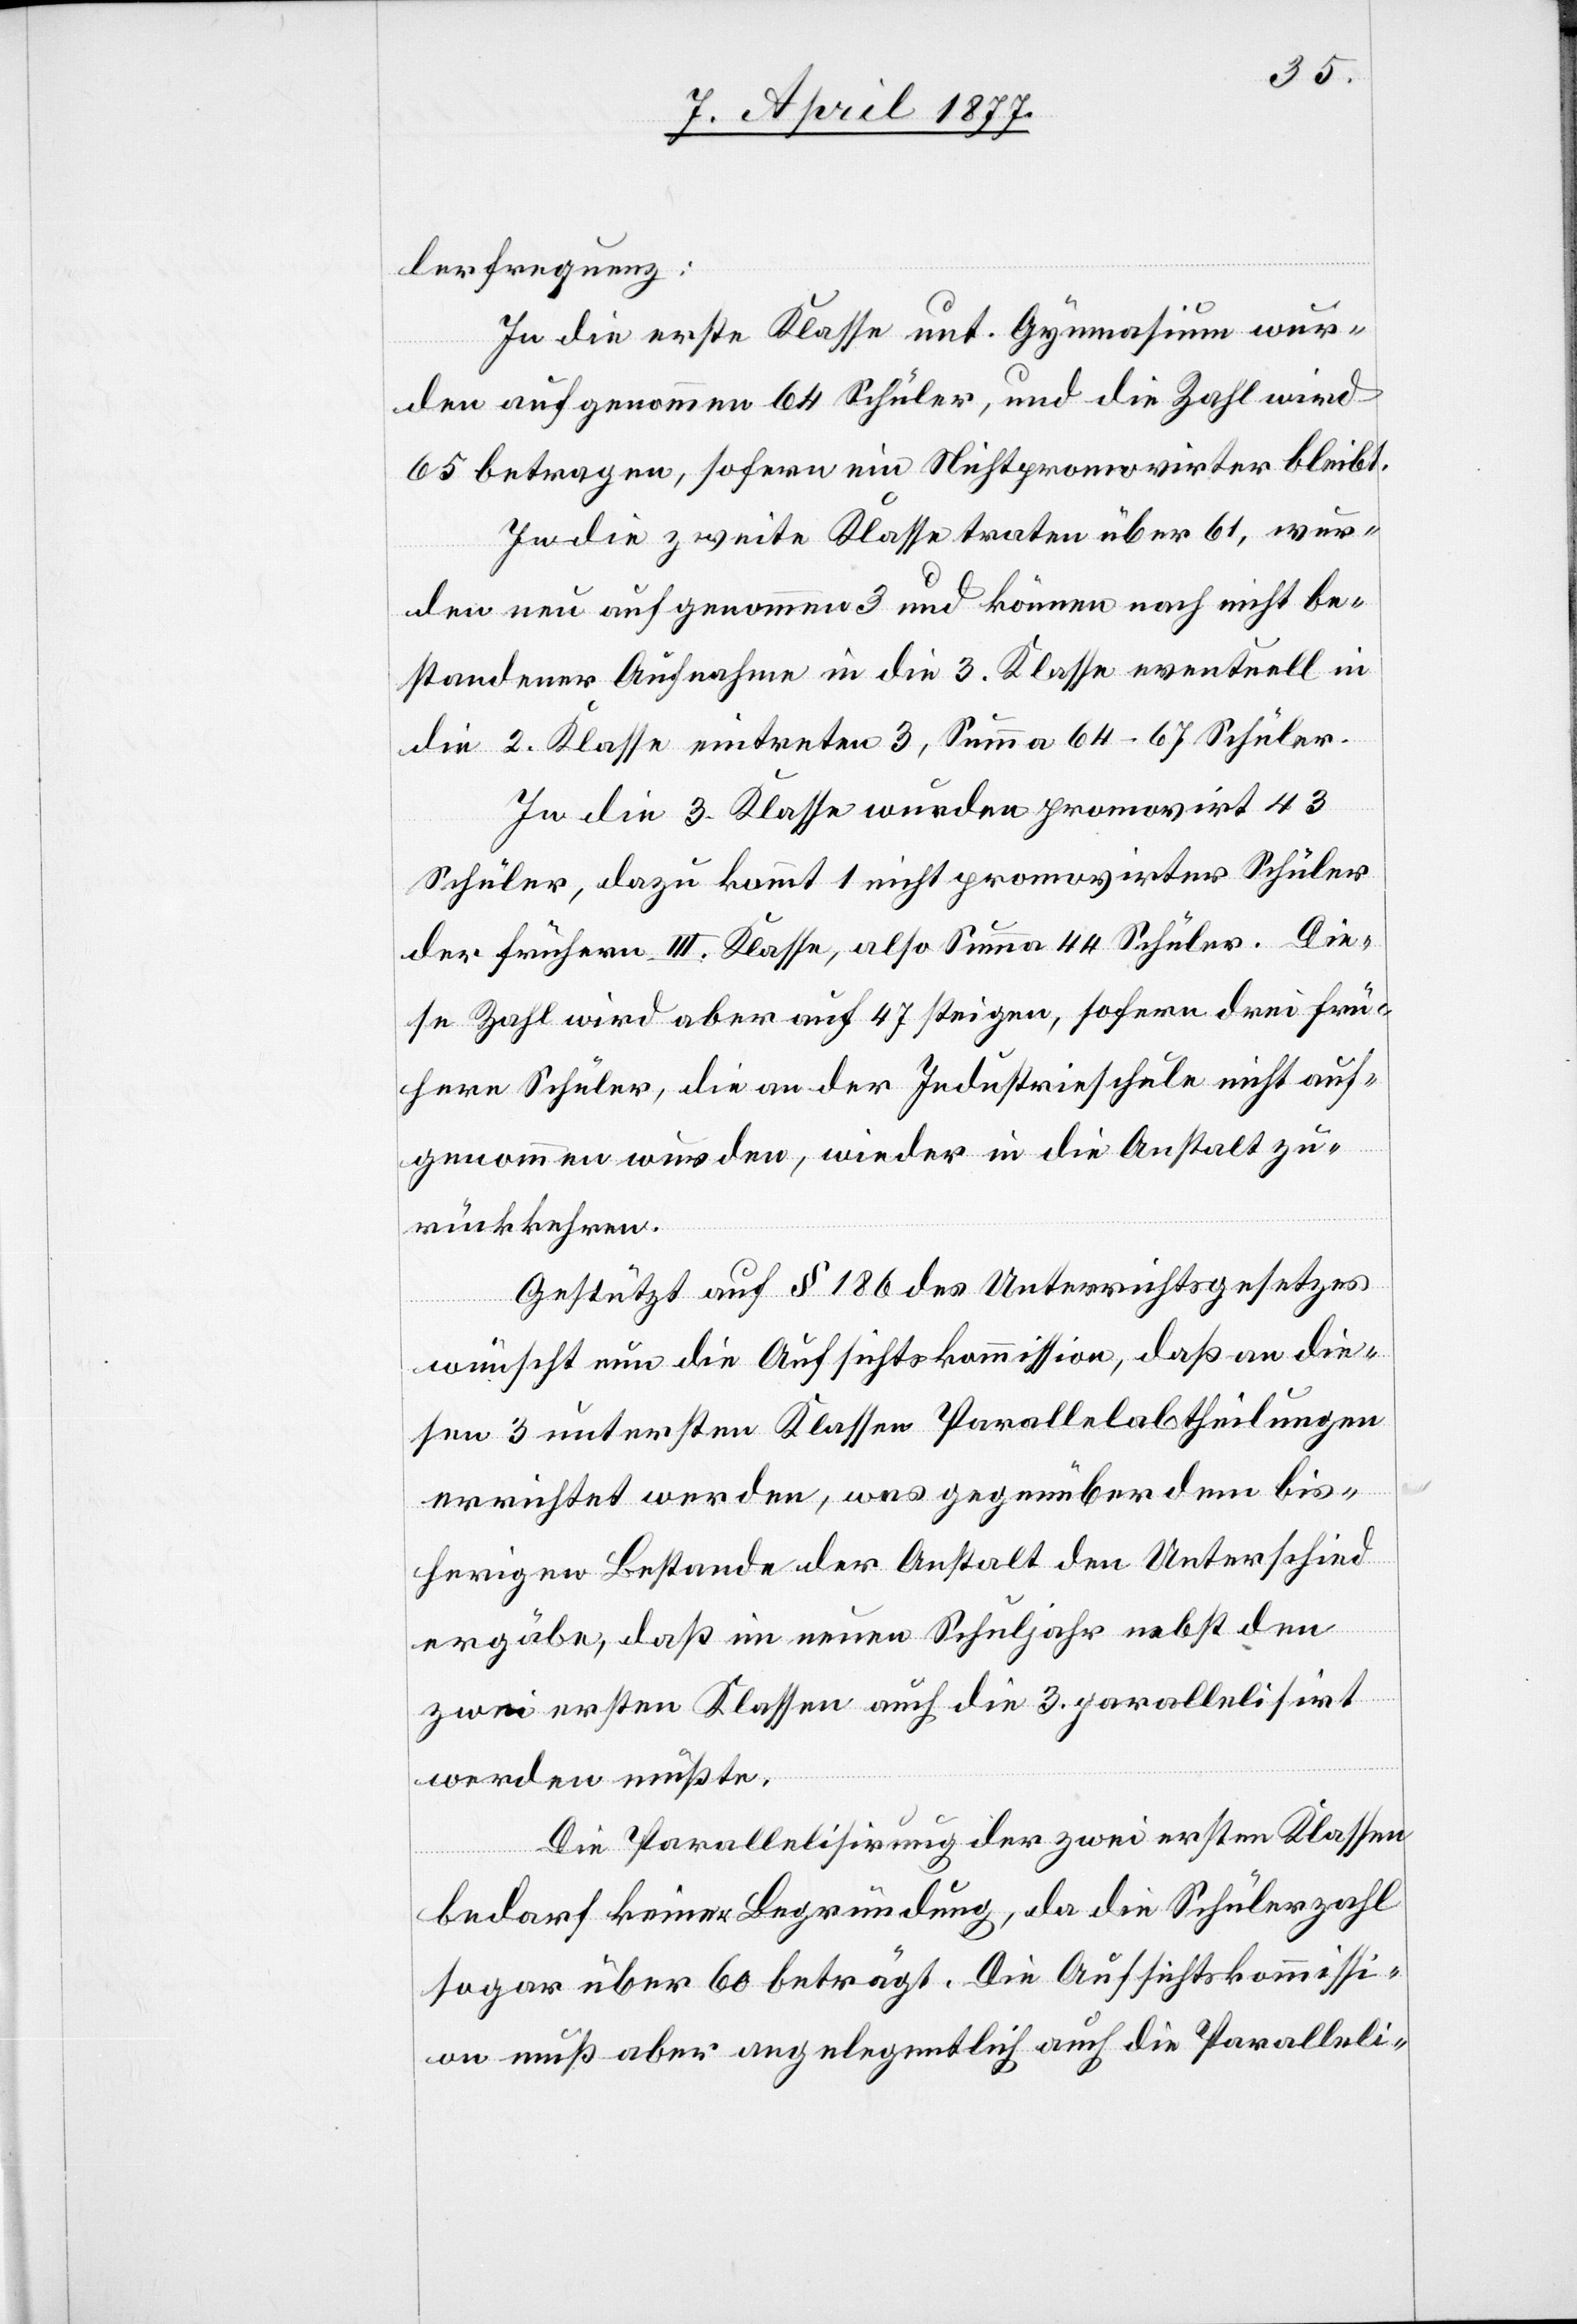
lerfrequenz:
In die erste Klasse unt. Gymnasium wur¬
den aufgenommen 64 Schüler, und die Zahl wird
65 betragen, sofern ein Nichtpromovirter bleibt.
In die zweite Klasse traten über 61, wur¬
den neu aufgenommen 3 und können nach nicht be¬
standener Aufnahme in die 3. Klasse eventuell in
die 2. Klasse eintreten 3, Summa 64–67 Schüler.
In die 3. Klasse wurden promovirt 43
Schüler, dazu kommt 1 nicht promovirter Schüler
der frühern III. Klasse, also Summa 44 Schüler. Die¬
se Zahl wird aber auf 47 steigen, sofern drei frü¬
here Schüler, die an der Industrieschule nicht auf¬
genommen wurden, wieder in die Anstalt zu¬
rückkehren.
Gestützt auf § 186 des Unterrichtsgesetzes
wünscht nun die Aufsichtskommission, daß an die¬
sen 3 untersten Klassen Parallelabtheilungen
errichtet werden, was gegenüber dem bis¬
herigen Bestande der Anstalt den Unterschied
ergäbe, daß im neuen Schuljahr nebst den
zwei ersten Klassen auch die 3. parallelisirt
werden müßte.
Die Parallelisirung der zwei ersten Klassen
bedarf keiner Begründung, da die Schülerzahl
sogar über 60 beträgt. Die Aufsichtskommissi¬
on muß aber angelegentlich auch die Paralleli-